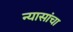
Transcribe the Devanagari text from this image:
न्यासांचा